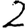
Digit: 2